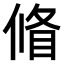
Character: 𠌪